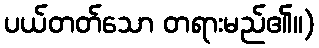
ပယ်တတ်သော တရားမည်၏။)